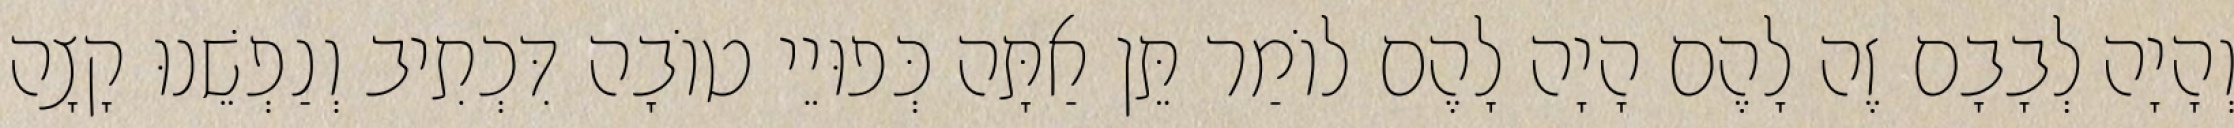
וְהָיָה לְבָבָם זֶה לָהֶם הָיָה לָהֶם לוֹמַר תֵּן אַתָּה כְּפוּיֵי טוֹבָה דִּכְתִיב וְנַפְשֵׁנוּ קָצָה